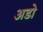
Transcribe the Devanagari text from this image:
अडो